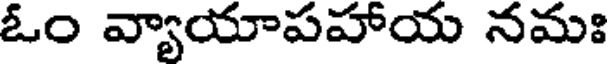
ఓం వ్యాయాపహాయ నమః